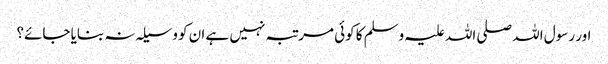
اور رسول اللہ صلی اللہ علیہ وسلم کا کوئی مرتبہ نہیں ہے ان کو وسیلہ نہ بنایا جائے؟